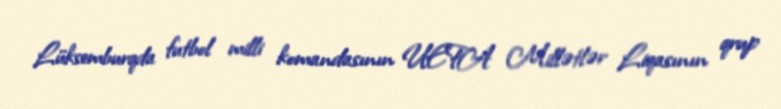
Lüksemburqda futbol milli komandasının UEFA Millətlər Liqasının qrup